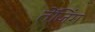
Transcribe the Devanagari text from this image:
तेंजिंग